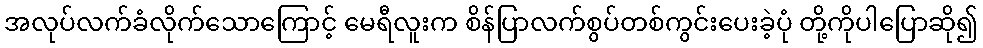
အလုပ်လက်ခံလိုက်သောကြောင့် မေရီလူးက စိန်ပြာလက်စွပ်တစ်ကွင်းပေးခဲ့ပုံ တို့ကိုပါပြောဆို၍